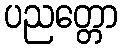
ပညတ္တော